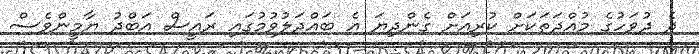
ދެ ދުވަހުގެ މުއްދަތަކަށް ކުރިއަށް ގެންދިޔަ އެ ބައްދަލުވުމުގައި ރައީސް އަބްދު ޔާމީންވެސް